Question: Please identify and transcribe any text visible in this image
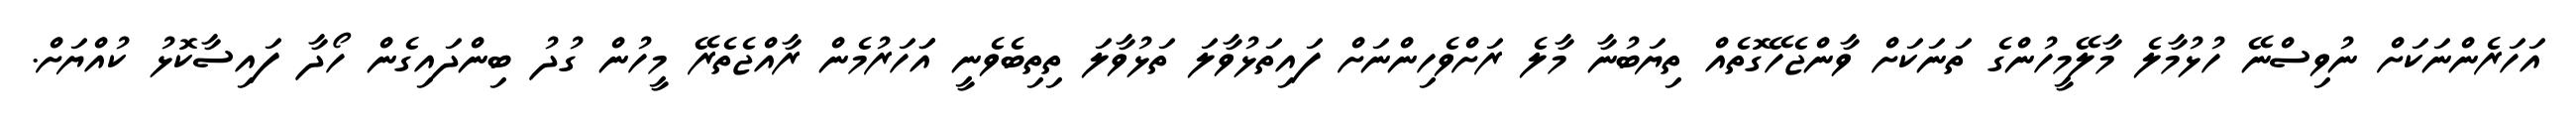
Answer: އަހަރެންނަކަށް ނުވިސްނޭ ހުޅުމާލެ މާލޭމީހުންގެ ތަނަކަށް ވާންޖެހޭގޮތެއް ތިޔަބުނާ މާލެ ރަށްވެހިންނަށް ފައިތަޅުވާލަ ތަޅުވާލަ ތިތިބެވެނީ އަަހަރުމެން ރާއްޖެތެރޭ މީހުން ގުދު ބިންދައިގެން ހޯދާ ފައިސާކޮޅު ކުއްޔަށް.